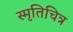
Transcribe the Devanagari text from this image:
स्मृतिचित्र